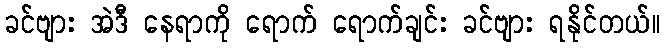
ခင်ဗျား အဲဒီ နေရာကို ရောက် ရောက်ချင်း ခင်ဗျား ရနိုင်တယ်။